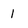
Character: 1